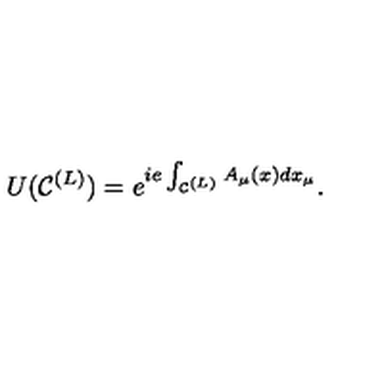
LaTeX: U ( { \cal C } ^ { ( L ) } ) = e ^ { i e \int _ { { \cal C } ^ { ( L ) } } A _ { \mu } ( x ) d x _ { \mu } } .